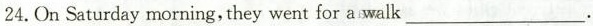
24. On Saturday morning, they went for a walk ___.